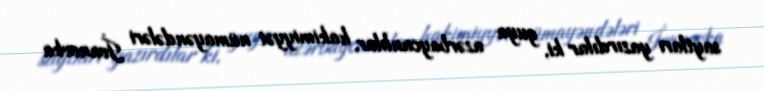
saytları yazırdılar ki, guya azərbaycanlılar, hakimiyyət nümayəndələri İvanovka